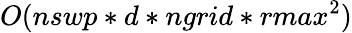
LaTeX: O(nswp*d*ngrid*rmax^{2})